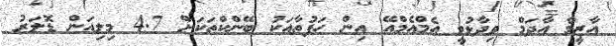
އާޒީމާ އާދަމް ވިދާޅުވީ އެމްއެމްއޭ އިން ހަފުތާއަކު ބޭންކްތަކަށް 4.7 މިލިއަން ޑޮލަރު